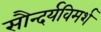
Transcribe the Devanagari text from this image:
सौन्दर्यविमर्श